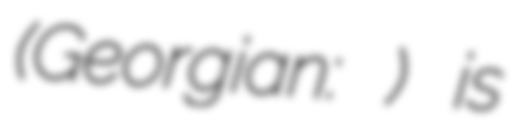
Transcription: (Georgian: ხომერიკი) is